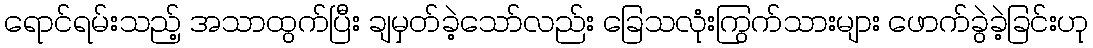
ရောင်ရမ်းသည့် အသာထွက်ပြီး ချမှတ်ခဲ့သော်လည်း ခြေသလုံးကြွက်သားများ ဖောက်ခွဲခဲ့ခြင်းဟု